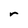
Character: r